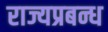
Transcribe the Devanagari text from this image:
राज्यप्रबन्ध